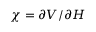
\chi = \partial V / \partial H